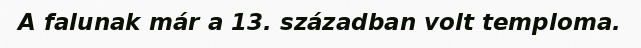
A falunak már a 13. században volt temploma.